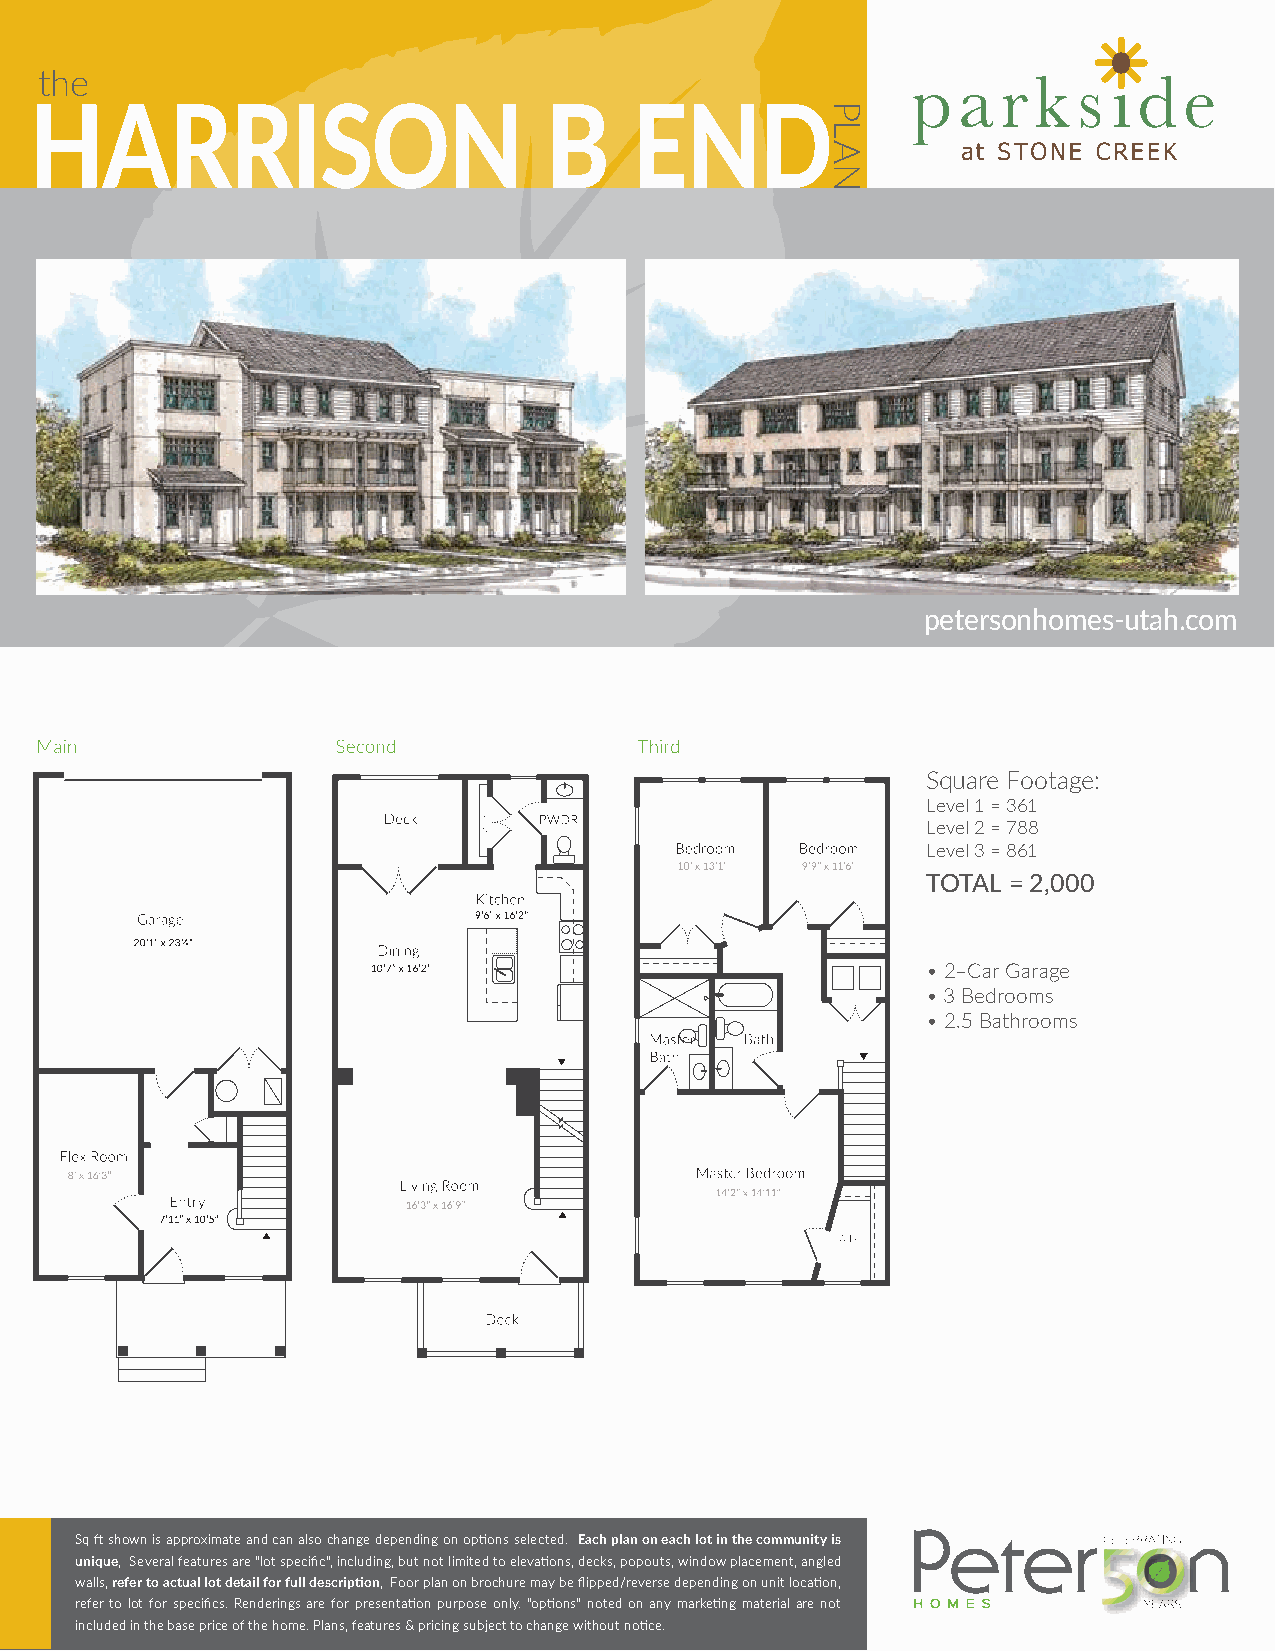
the
 HARRISON                          B     END
 petersonhomes-utah.com
 Square Footage:
 Level 1 = 361
 Level 2 = 788
 Level 3 = 861
 TOTAL = 2,000
 • 2–Car Garage
 • 3 Bedrooms
 • 2.5 Bathrooms
 Sq ft shown is approximate and can also change depending on options selected. Each plan on each lot in the community is
 unique, Several features are "lot specific", including, but not limited to elevations, decks, popouts, window placement, angled
 walls, refer to actual lot detail for full description, Foor plan on brochure may be flipped/reverse depending on unit location,
 refer to lot for specifics. Renderings are for presentation purpose only. "options" noted on any marketing material are not
 included in the base price of the home. Plans, features & pricing subject to change without notice.
 PLAN